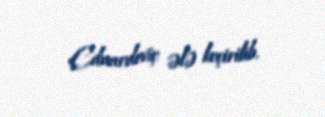
Eduardoviç ələ keçirilib.